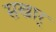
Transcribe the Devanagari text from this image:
सखार्